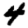
Digit: 4